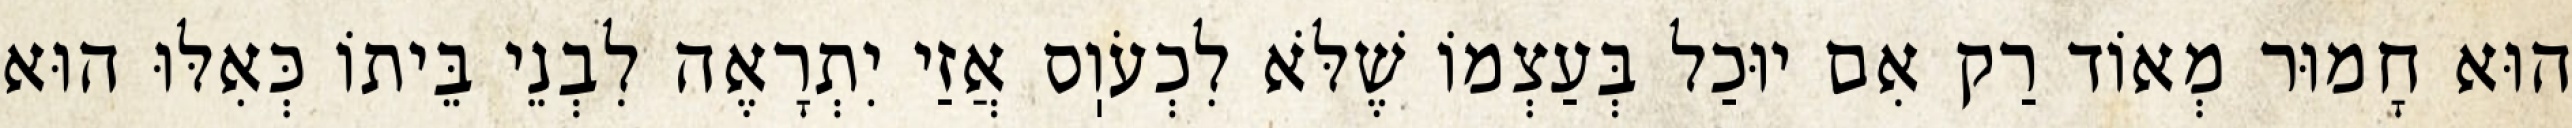
הוּא חָמוּר מְאוֹד רַק אִם יוּכַל בְּעַצְמוֹ שֶׁלֹּא לִכְעֹוֽס אֲזַי יִתְרָאֶה לִבְנֵי בֵּיתוֹ כְּאִלּוּ הוּא